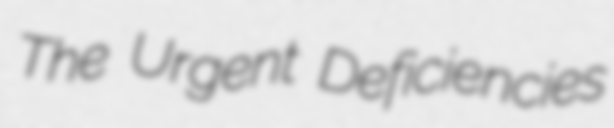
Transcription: The Urgent Deficiencies